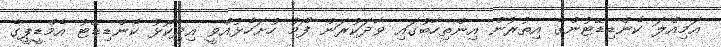
އަމިއްލަ ކެންޑިޑޭޓުންގެ އިތުރުން އިންތިހާބުގައި ވާދަކުރަން ފޯމު ހުށަހެޅުއްވީ އިދިކޮޅު ކެންޑިޑޭޓު އެމްޑީޕީގެ